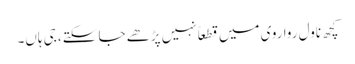
کچھ ناول روا روی میں قطعاً نہیں پڑھے جا سکتے، جی ہاں۔